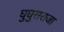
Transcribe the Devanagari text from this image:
घुघुसराजा